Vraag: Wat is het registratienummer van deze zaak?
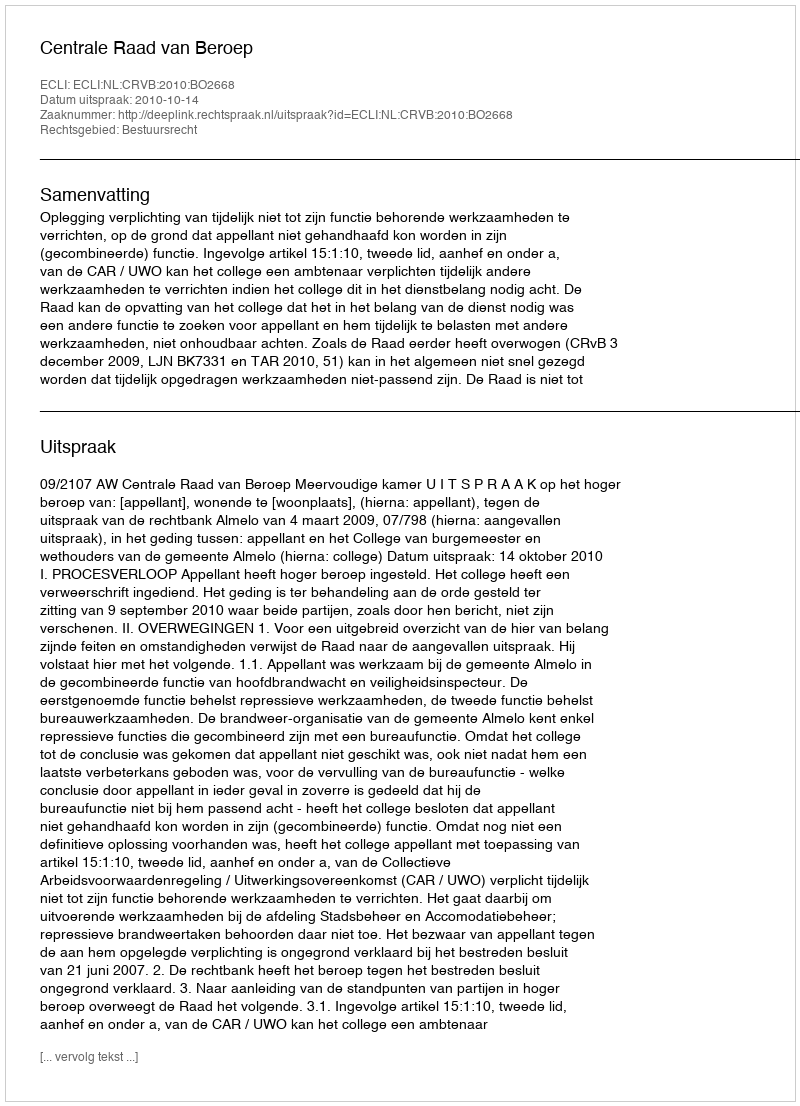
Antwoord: http://deeplink.rechtspraak.nl/uitspraak?id=ECLI:NL:CRVB:2010:BO2668